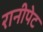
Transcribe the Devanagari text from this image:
रानीपेट